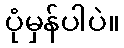
ပုံမှန်ပါပဲ။